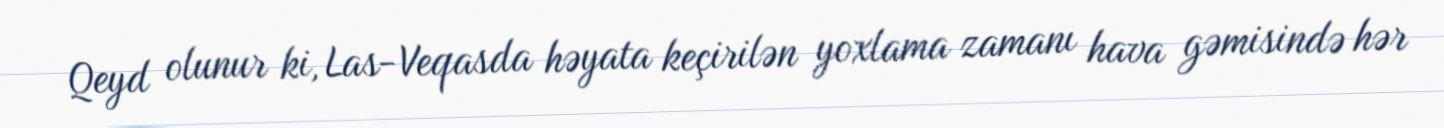
Qeyd olunur ki, Las-Veqasda həyata keçirilən yoxlama zamanı hava gəmisində hər